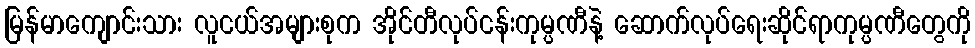
မြန်မာကျောင်းသား လူငယ်အများစုက အိုင်တီလုပ်ငန်းကုမ္ပဏီနဲ့ ဆောက်လုပ်ရေးဆိုင်ရာကုမ္ပဏီတွေကို